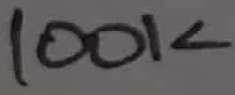
Text: 100K